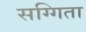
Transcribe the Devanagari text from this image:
सग्गिता